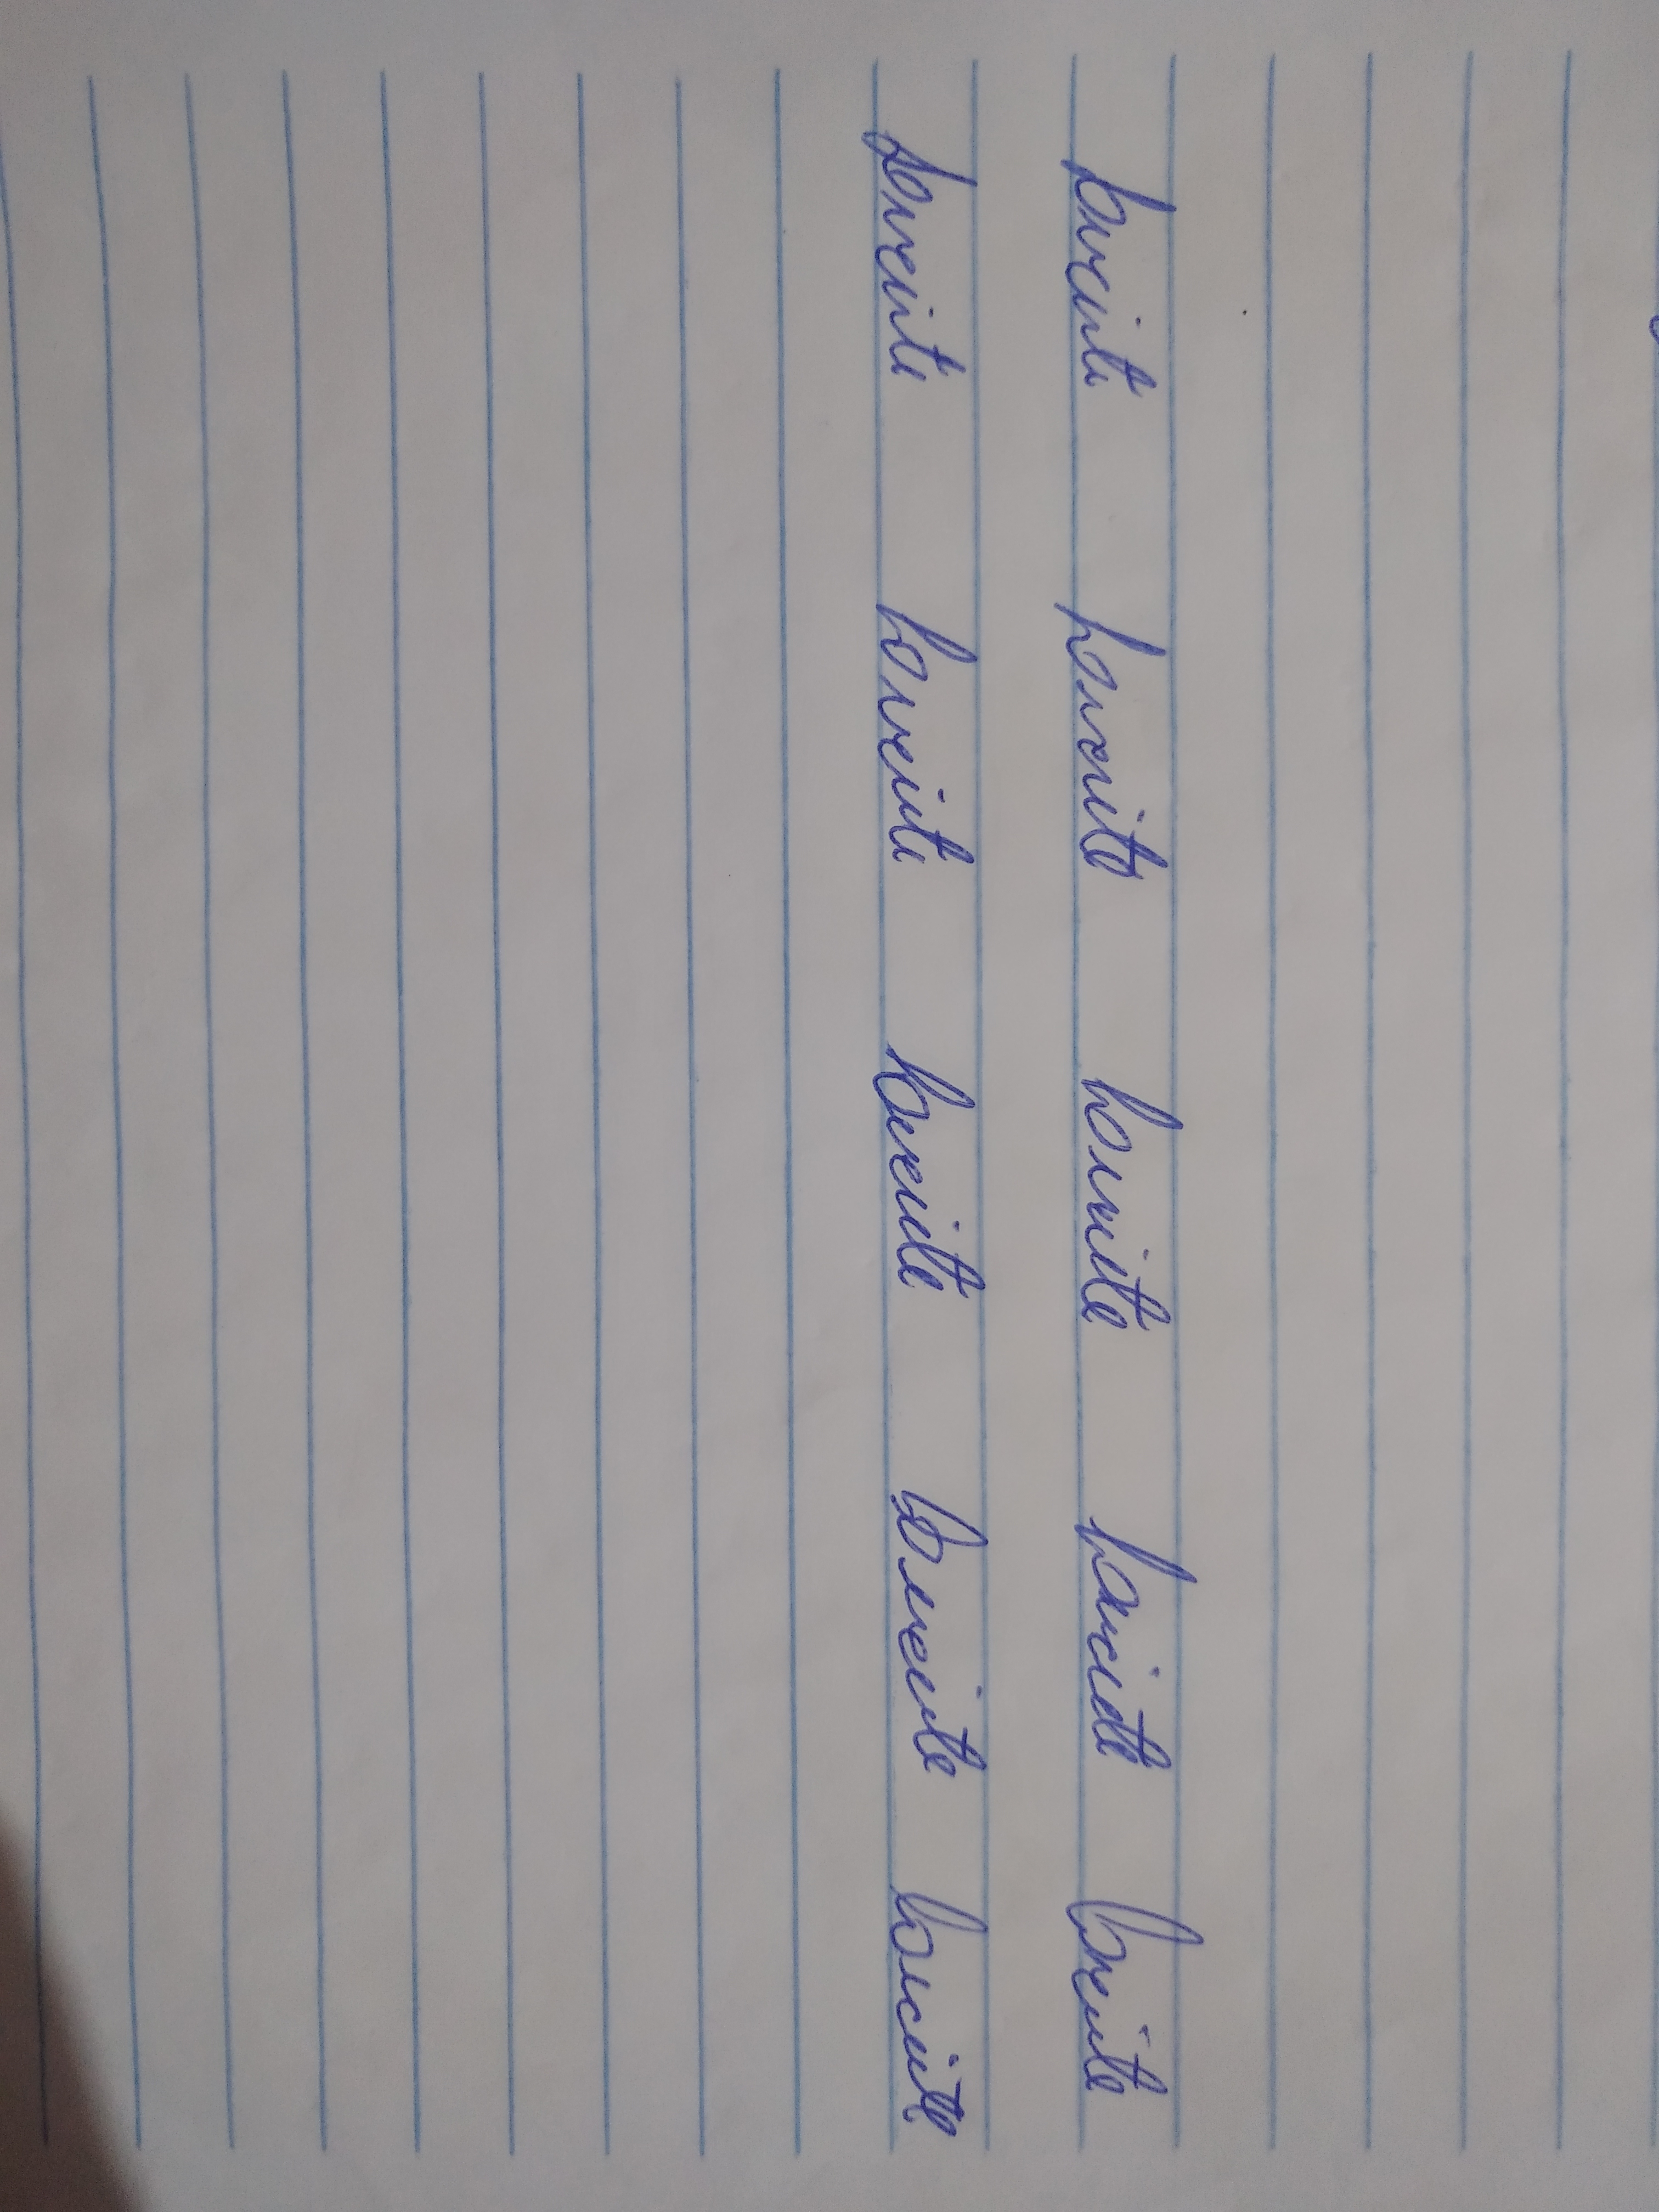
Signature authenticity: genuine